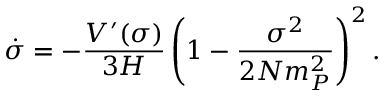
\dot { \sigma } = - \frac { V ^ { \prime } ( \sigma ) } { 3 H } \left( 1 - \frac { \sigma ^ { 2 } } { 2 N m _ { P } ^ { 2 } } \right) ^ { 2 } .